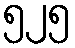
၅၂၅